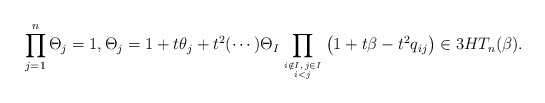
\begin{gather*} \prod_{j=1}^{n} \Theta_j =1, \Theta_j=1+t \theta_j+t^2( \cdots) \Theta_{I}\prod_{i \notin I, \, j \in I \atop i < j}\big(1+t \beta -t^2 q_{ij}\big) \in 3HT_n(\beta).\end{gather*}